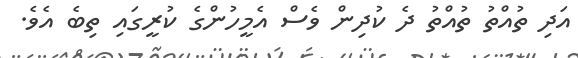
އަދި ތުއްތު ތުއްތު ދެ ކުދިން ވެސް އެމީހުންގެ ކުރީގައި ތިބެ އެވެ.